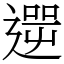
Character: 𨕬